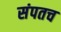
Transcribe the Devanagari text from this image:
संपतच